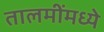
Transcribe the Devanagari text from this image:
तालमींमध्ये